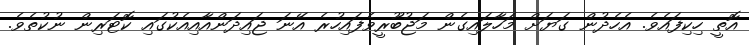
އޮތީ ހިކިފައެވެ. އެހެދުން ގަޔަށް މަހާލައިގެން މަޖުބޫރީވެފައިހުރެ އޭނަ ޖައިދަންއާއިއެކުގައި ކޮޓަރިން ނުކުތެވެ.